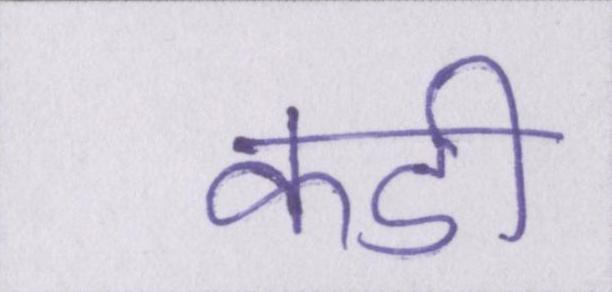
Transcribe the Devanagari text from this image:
कडी